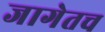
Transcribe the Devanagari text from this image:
जागेतच